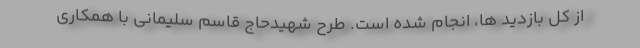
از کل بازدید ها، انجام شده است. طرح شهیدحاج قاسم سلیمانی با همکاری